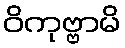
ဝိကုဗ္ဗာမိ